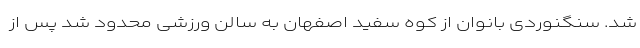
شد. سنگنوردی بانوان از کوه سفید اصفهان به سالن ورزشی محدود شد پس از